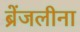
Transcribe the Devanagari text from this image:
ब्रेंजलीना